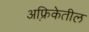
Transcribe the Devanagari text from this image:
अफ़्रिकेतील